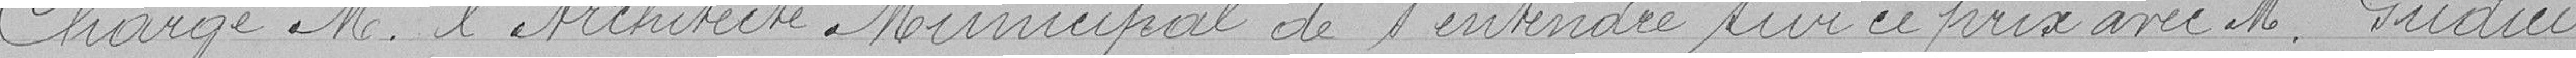
Charge M. l'Architecte Municipal de s'entendre sur ce prix avec M. Gudici